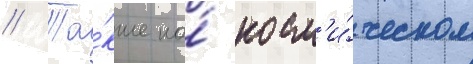
// Та́кже на́ косм'и́ческом